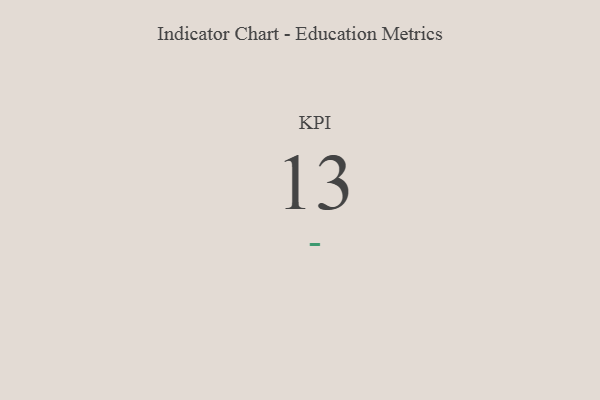
{"axis": {"x": "KPI", "y": "Value"}, "legend": [""], "data": [{"x": "KPI", "y": 13, "type": ""}]}